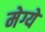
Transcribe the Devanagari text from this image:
मेग्ये